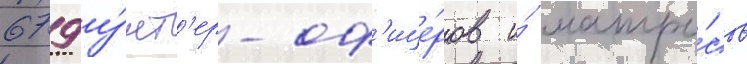
679 у́нт'ер-оф'ице́ров и́ матро́сов